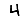
Digit: 4